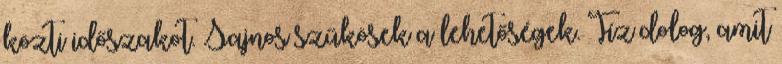
közti időszakot. Sajnos szűkösek a lehetőségek. Tíz dolog, amit